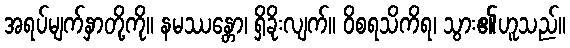
အရပ်မျက်နှာတို့ကို။ နမဿန္တော၊ ရှိခိုးလျက်။ ဝိစရသိကိရ၊ သွား၏ဟူသည်။